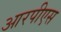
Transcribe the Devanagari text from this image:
आरपीएस